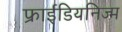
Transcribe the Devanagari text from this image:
फ्राईडियनिज्म